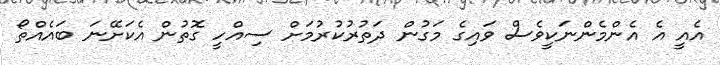
އެއީ އެ އެންމެންނަކީވެސް ވައިގެ މަގުން ދަތުރުކުރުމަށް ސިއްހީ ގޮތުން އެކަށޭނަ ބައެއްތޯ